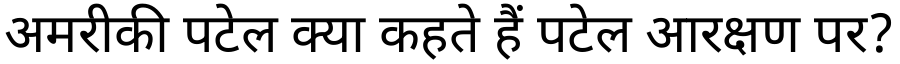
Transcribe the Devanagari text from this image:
अमरीकी पटेल क्या कहते हैं पटेल आरक्षण पर?